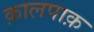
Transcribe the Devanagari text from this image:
क़ालपाक़